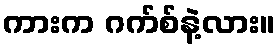
ကားက ဂက်စ်နဲ့လား။